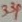
Text: 33P